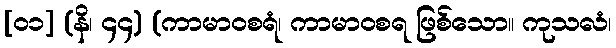
[၀၁] (နိ၊ ၄၄) (ကာမာဝစရံ၊ ကာမာဝစရ ဖြစ်သော။ ကုသလံ၊